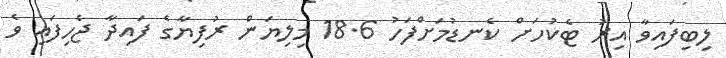
ލިބިފައިވާ އިރު ޓެކުހަށް ކެނޑުމަށްފަހު 18.6 މިލިޔަން ރުފިޔާގެ ފައިދާ ޖެހިފައި ވެ